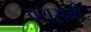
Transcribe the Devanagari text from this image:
परासनी